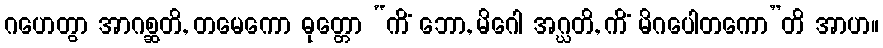
ဂဟေတွာ အာဂစ္ဆတိ, တမေကော ဓုတ္တော “ကိံ ဘော, မိဂေါ အဂ္ဃတိ, ကိံ မိဂပေါတကော”တိ အာဟ။